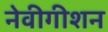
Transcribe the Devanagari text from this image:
नेवीगीशन